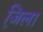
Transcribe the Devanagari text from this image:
जि़ला